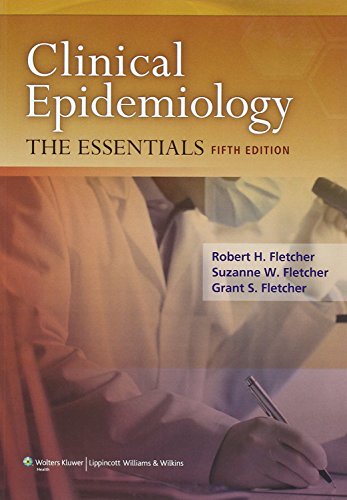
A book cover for Clinical Epidemiology: The Essentials; Robert Fletcher MD  MSc; Medical Books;